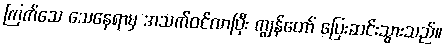
ကြက်သေ သေနေရာမှ အသက်ဝင်လာပြီး ကျွန်တော် ပြေးဆင်းသွားသည်။